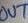
Text: OUT